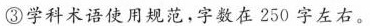
③学科术语使用规范，字数在250字左右。